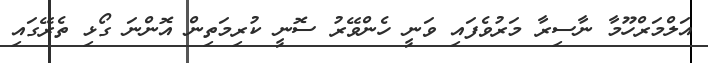
އަލްމަރްހޫމާ ނާސިރާ މަރުވެފައި ވަނީ ހެންވޭރު ސޮނީ ކުރިމަތިން އޮންނަ ގޯޅި ތެރޭގައި